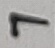
Text: 7